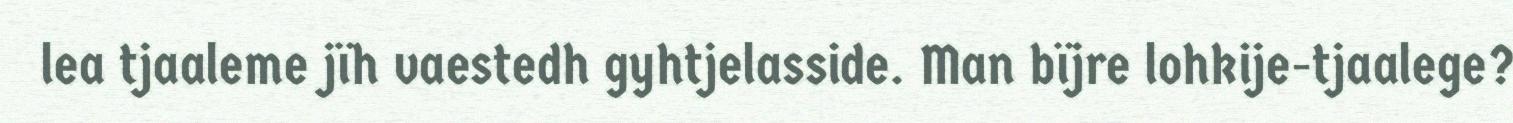
lea tjaaleme jïh vaestedh gyhtjelasside. Man bïjre lohkije-tjaalege?